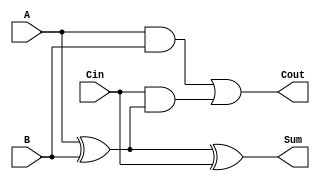
module TransmissionGateFullAdder (
    input wire A,    // First input bit
    input wire B,    // Second input bit
    input wire Cin,  // Carry-in bit
    output wire Sum, // Sum output
    output wire Cout // Carry-out output
);

    wire AxorB;          // Intermediate wire for A XOR B
    wire AandB;          // Intermediate wire for A AND B
    wire CinAndAxorB;    // Intermediate wire for Cin AND (A XOR B)

    // Transmission Gate for A XOR B
    assign AxorB = (A ^ B);

    // Pulling in the necessary connections for Sum calculation
    assign Sum = (AxorB ^ Cin);

    // Transmission Gate for A AND B
    assign AandB = A & B;

    // Transmission Gate for Cin AND (A XOR B)
    assign CinAndAxorB = Cin & AxorB;

    // Final Cout calculation combining both AND outputs using OR operation
    assign Cout = AandB | CinAndAxorB;

endmodule